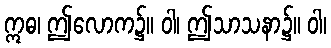
ဣဓ၊ ဤလောက၌။ ဝါ၊ ဤသာသနာ၌။ ဝါ၊